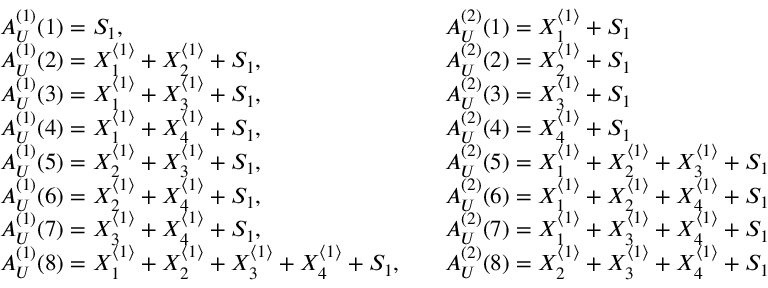
\begin{array} { r l r l } & { A _ { U } ^ { ( 1 ) } ( 1 ) = S _ { 1 } , } & & { A _ { U } ^ { ( 2 ) } ( 1 ) = X _ { 1 } ^ { \langle 1 \rangle } + S _ { 1 } } \\ & { A _ { U } ^ { ( 1 ) } ( 2 ) = X _ { 1 } ^ { \langle 1 \rangle } + X _ { 2 } ^ { \langle 1 \rangle } + S _ { 1 } , } & & { A _ { U } ^ { ( 2 ) } ( 2 ) = X _ { 2 } ^ { \langle 1 \rangle } + S _ { 1 } } \\ & { A _ { U } ^ { ( 1 ) } ( 3 ) = X _ { 1 } ^ { \langle 1 \rangle } + X _ { 3 } ^ { \langle 1 \rangle } + S _ { 1 } , } & & { A _ { U } ^ { ( 2 ) } ( 3 ) = X _ { 3 } ^ { \langle 1 \rangle } + S _ { 1 } } \\ & { A _ { U } ^ { ( 1 ) } ( 4 ) = X _ { 1 } ^ { \langle 1 \rangle } + X _ { 4 } ^ { \langle 1 \rangle } + S _ { 1 } , } & & { A _ { U } ^ { ( 2 ) } ( 4 ) = X _ { 4 } ^ { \langle 1 \rangle } + S _ { 1 } } \\ & { A _ { U } ^ { ( 1 ) } ( 5 ) = X _ { 2 } ^ { \langle 1 \rangle } + X _ { 3 } ^ { \langle 1 \rangle } + S _ { 1 } , } & & { A _ { U } ^ { ( 2 ) } ( 5 ) = X _ { 1 } ^ { \langle 1 \rangle } + X _ { 2 } ^ { \langle 1 \rangle } + X _ { 3 } ^ { \langle 1 \rangle } + S _ { 1 } } \\ & { A _ { U } ^ { ( 1 ) } ( 6 ) = X _ { 2 } ^ { \langle 1 \rangle } + X _ { 4 } ^ { \langle 1 \rangle } + S _ { 1 } , } & & { A _ { U } ^ { ( 2 ) } ( 6 ) = X _ { 1 } ^ { \langle 1 \rangle } + X _ { 2 } ^ { \langle 1 \rangle } + X _ { 4 } ^ { \langle 1 \rangle } + S _ { 1 } } \\ & { A _ { U } ^ { ( 1 ) } ( 7 ) = X _ { 3 } ^ { \langle 1 \rangle } + X _ { 4 } ^ { \langle 1 \rangle } + S _ { 1 } , } & & { A _ { U } ^ { ( 2 ) } ( 7 ) = X _ { 1 } ^ { \langle 1 \rangle } + X _ { 3 } ^ { \langle 1 \rangle } + X _ { 4 } ^ { \langle 1 \rangle } + S _ { 1 } } \\ & { A _ { U } ^ { ( 1 ) } ( 8 ) = X _ { 1 } ^ { \langle 1 \rangle } + X _ { 2 } ^ { \langle 1 \rangle } + X _ { 3 } ^ { \langle 1 \rangle } + X _ { 4 } ^ { \langle 1 \rangle } + S _ { 1 } , } & & { A _ { U } ^ { ( 2 ) } ( 8 ) = X _ { 2 } ^ { \langle 1 \rangle } + X _ { 3 } ^ { \langle 1 \rangle } + X _ { 4 } ^ { \langle 1 \rangle } + S _ { 1 } } \end{array}